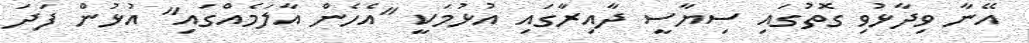
އޭނާ ވިދާޅުވި ގޮތުގައި ސިޔާސީ ދާއިރާގައި އުޅުމަކީ "އެހެން އާލަމެއްގައި" އުޅުން ފަދަ